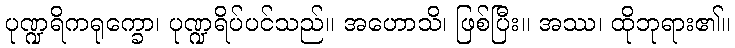
ပုဏ္ဍရိကရုက္ခော၊ ပုဏ္ဍရိပ်ပင်သည်။ အဟောသိ၊ ဖြစ်ပြီး။ အဿ၊ ထိုဘုရား၏။